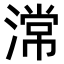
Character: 𣻸